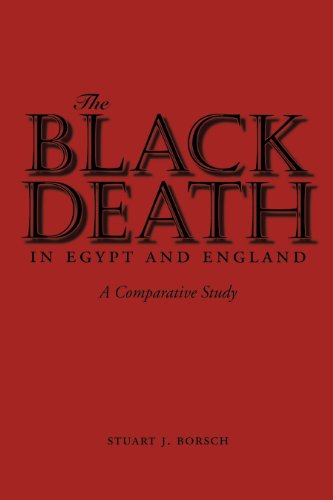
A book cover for The Black Death in Egypt and England: A Comparative Study; Stuart J. Borsch; Business & Money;